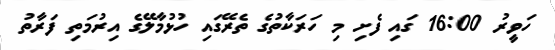
ހަވީރު 16:00 ގައި ފެށި މި ހަރަކާތުގެ ތެރޭގައި ހުޅުމާލޭގެ އިރުމަތި ފަރާތު